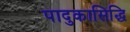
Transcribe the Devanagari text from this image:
पादुकासिद्धि